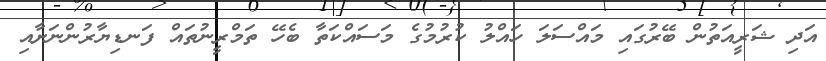
އަދި ޝަރީއަތުން ބޭރުގައި މައްސަލަ ހައްލު ކުރުމުގެ މަސައްކަތާ ބެހޭ ތަމްރީނުތައް ފަނޑިޔާރުންނަށާއި